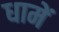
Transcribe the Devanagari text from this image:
धामें